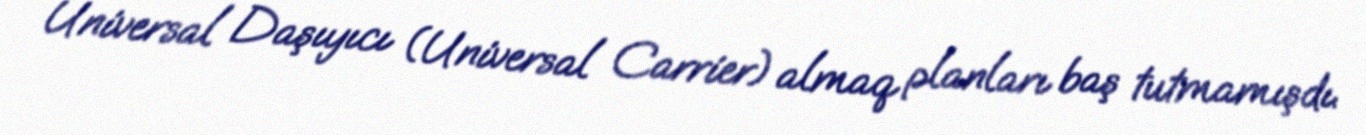
Universal Daşıyıcı (Universal Carrier) almaq planları baş tutmamışdı.